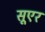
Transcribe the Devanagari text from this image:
सूएर